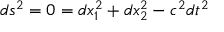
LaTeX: d s ^ { 2 } = 0 = d x _ { 1 } ^ { 2 } + d x _ { 2 } ^ { 2 } - c ^ { 2 } d t ^ { 2 }